Report on horse surra - Volume II, Part I
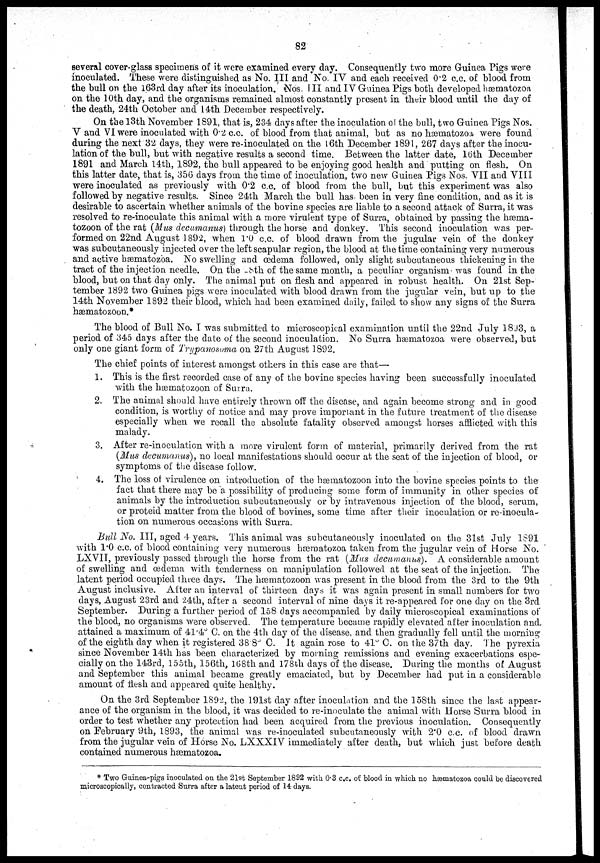
82
several cover-glass specimens of it were examined every day. Consequently two more Guinea Pigs were
inoculated. These were distinguished as No. III and No. IV and each received 0.2 c.c. of blood from
the bull on the 163rd day after its inoculation. Nos. III and IV Guinea Pigs both developed hæmatozoa
on the 10th day, and the organisms remained almost constantly present in their blood until the day of
the death, 24th October and 14th December respectively.
On the 13th November 1891, that is, 234 days after the inoculation of the bull, two Guinea Pigs Nos.
V and VI were inoculated with 0.2 c.c. of blood from that animal, but as no hæmatozoa, were found
during the next 32 days, they were re-inoculated on the 16th December 1891, 267 days after the inocu-
lation of the bull, but with negative results a second time. Between the latter date, 16th December
1891 and March 14th, 1892, the bull appeared to be enjoying good health and putting on flesh. On
this latter date, that is, 356 days from the time of inoculation, two new Guinea Pigs Nos. VII and VIII
were inoculated as previously with 0.2 c.c. of blood from the bull, but this experiment was also
followed by negative results. Since 24th March the bull has been in very fine condition, and as it is
desirable to ascertain whether animals of the bovine species are liable to a second attack of Surra, it was
resolved to re-inoculate this animal with a more virulent type of Surra, obtained by passing the hæma-
tozoon of the rat (Mus decumanus) through the horse and donkey. This second inoculation was per-
formed on 22nd August 1892, when 1.0 c.c. of blood drawn from the jugular vein of the donkey
was subcutaneously injected over the left scapular region, the blood at the time containing very numerous
and active hæmatozoa. No swelling and œdema followed, only slight subcutaneous thickening in the
tract of the injection needle. On the 8th of the same month, a peculiar organism was found in the
blood, but on that day only. The animal put on flesh and appeared in robust health. On 21st Sep-
tember 1892 two Guinea pigs were inoculated with blood drawn from the jugular vein, but up to the
14th November 1892 their blood, which had been examined daily, failed to show any signs of the Surra
hæmatozoon.*
The blood of Bull No. I was submitted to microscopical examination until the 22nd July 1893, a
period of 345 days after the date of the second inoculation. No Surra hæmatozoa were observed, but
only one giant form of Trypanosoma on 27th August 1892.
The chief points of interest amongst others in this case are that—
1. This is the first recorded case of any of the bovine species having been successfully inoculated
with the hæmatozoon of Surra.
2. The animal should have entirely thrown off the disease, and again become strong and in good
condition, is worthy of notice and may prove important in the future treatment of the disease
especially when we recall the absolute fatality observed amongst horses afflicted with this
malady.
3. After re-inoculation with a more virulent form of material, primarily derived from the rat
(Mus decumanus), no local manifestations should occur at the seat of the injection of blood, or
symptoms of the disease follow.
4. The loss of virulence on introduction of the hæmatozoon into the bovine species points to the
fact that there may be a possibility of producing some form of immunity in other species of
animals by the introduction subcutaneously or by intravenous injection of the blood, serum,
or proteid matter from the blood of bovines, some time after their inoculation or re-inocula-
tion on numerous occasions with Surra.
Bull No. III, aged 4 years. This animal was subcutaneously inoculated on the 31st July 1891
with 1.0 c.c. of blood containing very numerous hæmatozoa taken from the jugular vein of Horse No.
LXVII, previously passed through the horse from the rat (Mus decumanus). A considerable amount
of swelling and œdema with tenderness on manipulation followed at the seat of the injection. The
latent period occupied three days. The hæmatozoon was present in the blood from the 3rd to the 9th
August inclusive. After an interval of thirteen days it was again present in small numbers for two
days, August 23rd and 24th, after a second interval of nine days it re-appeared for one day on the 3rd
September. During a further period of 158 days accompanied by daily microscopical examinations of
the blood, no organisms were observed. The temperature became rapidly elevated after inoculation and
attained a maximum of 41.4° C. on the 4th day of the disease, and then gradually fell until the morning
of the eighth day when it registered 38.8° C. It again rose to 41° C. on the 37th day. The pyrexia
since November 14th has been characterized by morning remissions and evening exacerbations espe-
cially on the 143rd, 155th, 156th, 168th and 178th days of the disease. During the months of August
and September this animal became greatly emaciated, but by December had put in a considerable
amount of flesh and appeared quite healthy.
On the 3rd September 1892, the 191st day after inoculation and the 158th since the last appear-
ance of the organism in the blood, it was decided to re-inoculate the animal with Horse Surra blood in
order to test whether any protection had been acquired from the previous inoculation. Consequently
on February 9th, 1893, the animal was re-inoculated subcutaneously with 2.0 c.c. of blood drawn
from the jugular vein of Horse No. LXXXIV immediately after death, but which just before death
contained numerous hæmatozoa.
* Two Guinea-pigs inoculated on the 21st September 1892 with 0.3 c.c. of blood in which no hæmatozoa could be discovered
microscopically, contracted Surra after a latent period of 14 days.